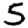
Digit: 5